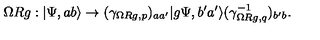
\Omega R g : | \Psi , a b \rangle \to ( \gamma _ { \Omega R g , p } ) _ { a a ^ { \prime } } | g \Psi , b ^ { \prime } a ^ { \prime } \rangle ( \gamma _ { \Omega R g , q } ^ { - 1 } ) _ { b ^ { \prime } b } .